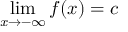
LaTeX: \operatorname* { l i m } _ { x \rightarrow - \infty } f ( x ) = c